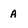
Character: A